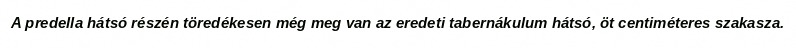
A predella hátsó részén töredékesen még meg van az eredeti tabernákulum hátsó, öt centiméteres szakasza.